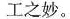
工之妙。